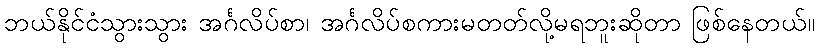
ဘယ်နိုင်ငံသွားသွား အင်္ဂလိပ်စာ၊ အင်္ဂလိပ်စကားမတတ်လို့မရဘူးဆိုတာ ဖြစ်နေတယ်။